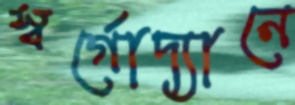
স্বর্গোদ্যানে